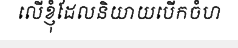
លើខ្ញុំដែលនិយាយបើកចំហ